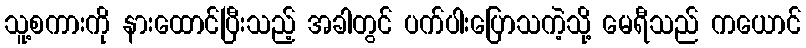
သူ့စကားကို နားထောင်ပြီးသည့် အခါတွင် ပက်ပါးပြောသကဲ့သို့ မေရီသည် ကယောင်